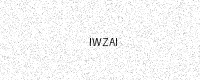
Text: IWZAI